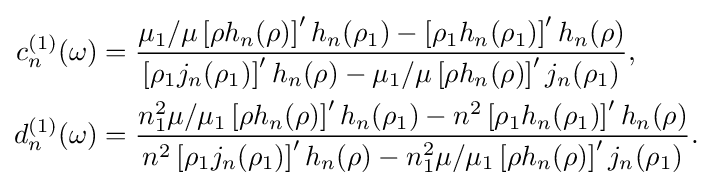
{\begin{aligned}c_{n}^{(1)}(\omega )&={\frac {\mu _{1}/\mu \left[\rho h_{n}(\rho )\right]'h_{n}(\rho _{1})-\left[\rho _{1}h_{n}(\rho _{1})\right]'h_{n}(\rho )}{\left[\rho _{1}j_{n}(\rho _{1})\right]'h_{n}(\rho )-\mu _{1}/\mu \left[\rho h_{n}(\rho )\right]'j_{n}(\rho _{1})}},\\d_{n}^{(1)}(\omega )&={\frac {n_{1}^{2}\mu /\mu _{1}\left[\rho h_{n}(\rho )\right]'h_{n}(\rho _{1})-n^{2}\left[\rho _{1}h_{n}(\rho _{1})\right]'h_{n}(\rho )}{n^{2}\left[\rho _{1}j_{n}(\rho _{1})\right]'h_{n}(\rho )-n_{1}^{2}\mu /\mu _{1}\left[\rho h_{n}(\rho )\right]'j_{n}(\rho _{1})}}.\end{aligned}}